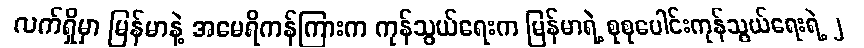
လက်ရှိမှာ မြန်မာနဲ့ အမေရိကန်ကြားက ကုန်သွယ်ရေးက မြန်မာရဲ့ စုစုပေါင်းကုန်သွယ်ရေးရဲ့ ၂